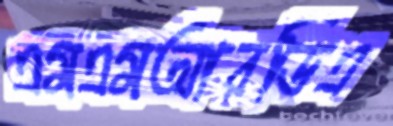
এমএমআরডিএ